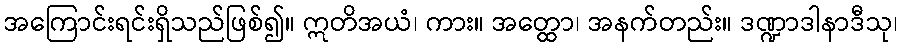
အကြောင်းရင်းရှိသည်ဖြစ်၍။ ဣတိအယံ၊ ကား။ အတ္ထော၊ အနက်တည်း။ ဒဏ္ဍာဒါနာဒီသု၊